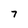
Character: 7